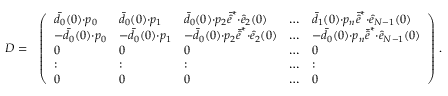
\begin{array} { r l } { D = } & { \left( \begin{array} { l l l l l } { \bar { d } _ { 0 } ( 0 ) { \cdot } p _ { 0 } } & { \bar { d } _ { 0 } ( 0 ) { \cdot } p _ { 1 } } & { \bar { d } _ { 0 } ( 0 ) { \cdot } p _ { 2 } \bar { \hat { e } } ^ { * } { \cdot } \hat { e } _ { 2 } ( 0 ) } & { \dots } & { \bar { d } _ { 1 } ( 0 ) { \cdot } p _ { n } \bar { \hat { e } } ^ { * } { \cdot } \hat { e } _ { N - 1 } ( 0 ) } \\ { - \bar { d } _ { 0 } ( 0 ) { \cdot } p _ { 0 } } & { - \bar { d } _ { 0 } ( 0 ) { \cdot } p _ { 1 } } & { - \bar { d } _ { 0 } ( 0 ) { \cdot } p _ { 2 } \bar { \hat { e } } ^ { * } { \cdot } \hat { e } _ { 2 } ( 0 ) } & { \dots } & { - \bar { d } _ { 0 } ( 0 ) { \cdot } p _ { n } \bar { \hat { e } } ^ { * } { \cdot } \hat { e } _ { N - 1 } ( 0 ) } \\ { 0 } & { 0 } & { 0 } & { \dots } & { 0 } \\ { : } & { : } & { : } & { \dots } & { : } \\ { 0 } & { 0 } & { 0 } & { \dots } & { 0 } \end{array} \right) \, . } \end{array}